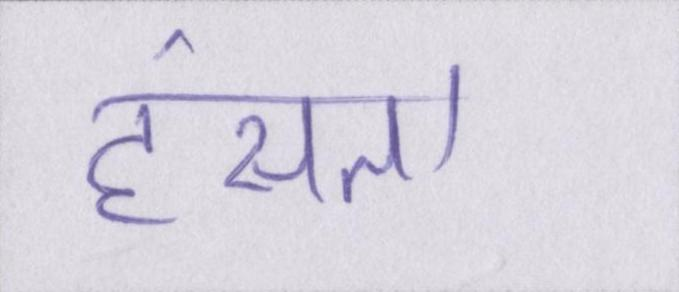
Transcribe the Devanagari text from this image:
हंसता